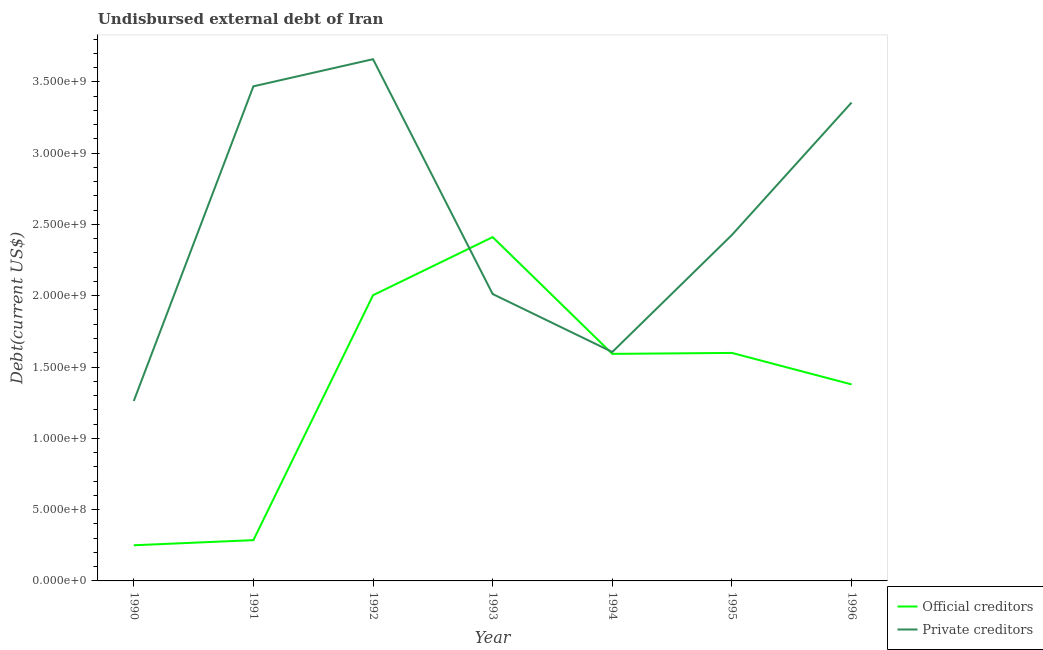
| Year | Official creditors | Private creditors |
 | --- | --- | --- |
 | 1990 | 2.5e+08 | 1.26e+09 |
 | 1991 | 2.86e+08 | 3.47e+09 |
 | 1992 | 2e+09 | 3.66e+09 |
 | 1993 | 2.41e+09 | 2.01e+09 |
 | 1994 | 1.59e+09 | 1.61e+09 |
 | 1995 | 1.6e+09 | 2.43e+09 |
 | 1996 | 1.38e+09 | 3.35e+09 |